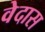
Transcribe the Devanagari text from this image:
वेदास